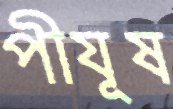
পীযূষ